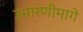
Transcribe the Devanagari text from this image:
उभारणीमागे